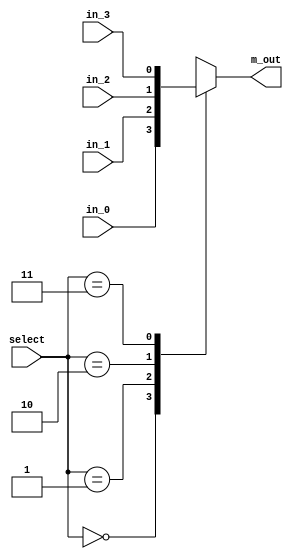
`timescale 1ns / 1ps
//////////////////////////////////////////////////////////////////////////////////
// Company: 
// Engineer: 
// 
// Design Name: 
// Module Name:    four_one_mux 
// Project Name: 
// Target Devices: 
// Tool versions: 
// Description: 
//
// Dependencies: 
//
// Revision: 
// Revision 0.01 - File Created
// Additional Comments: 
//
//////////////////////////////////////////////////////////////////////////////////
module four_one_mux(
output reg	m_out,
input 	in_0, in_1, in_2, in_3,
input [1:0]	select
);

always @ (in_0, in_1, in_2, in_3, select)	// Verilog 2005 syntax
    case (select)
       2'b00:	m_out = in_0;
       2'b01:	m_out = in_1;
       2'b10:	m_out = in_2;
       2'b11:	m_out = in_3;
    endcase

endmodule